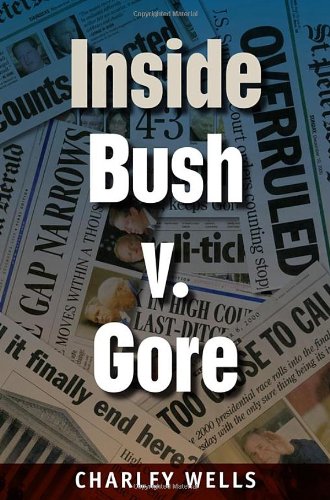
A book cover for Inside Bush v. Gore (Florida Government and Politics); Charley Wells; Law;